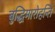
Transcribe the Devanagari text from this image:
बुद्धिमारोहन्ति